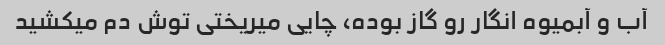
آب و آبمیوه انگار رو گاز بوده، چایی میریختی توش دم میکشید